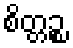
စိတ္တဉ္စ